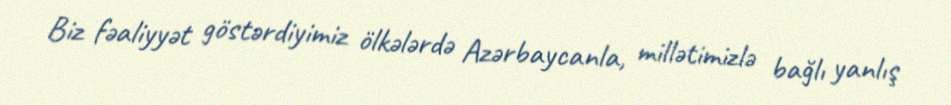
Biz fəaliyyət göstərdiyimiz ölkələrdə Azərbaycanla, millətimizlə bağlı yanlış